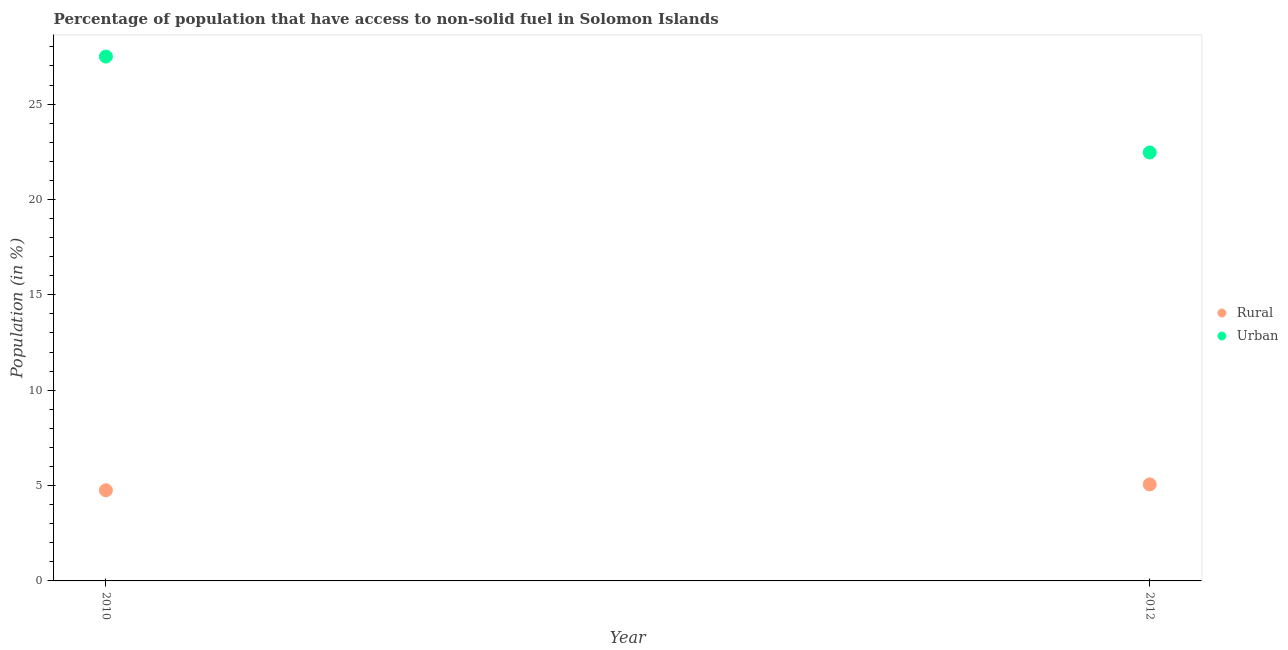
| Year | Rural | Urban |
 | --- | --- | --- |
 | 2010 | 4.75 | 27.5 |
 | 2012 | 5.06 | 22.5 |